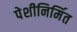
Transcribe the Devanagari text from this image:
पेशीनिर्मित